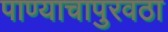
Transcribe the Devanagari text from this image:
पाण्याचापुरवठा